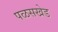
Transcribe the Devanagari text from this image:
पळसखेड